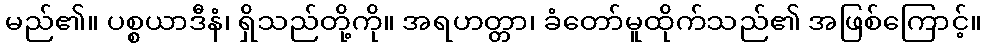
မည်၏။ ပစ္စယာဒီနံ၊ ရှိသည်တို့ကို။ အရဟတ္တာ၊ ခံတော်မူထိုက်သည်၏ အဖြစ်ကြောင့်။